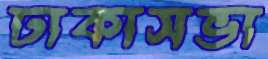
ঢাকাসভা